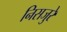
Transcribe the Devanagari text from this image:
निसजुरे